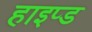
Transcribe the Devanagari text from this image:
हाइप्ड